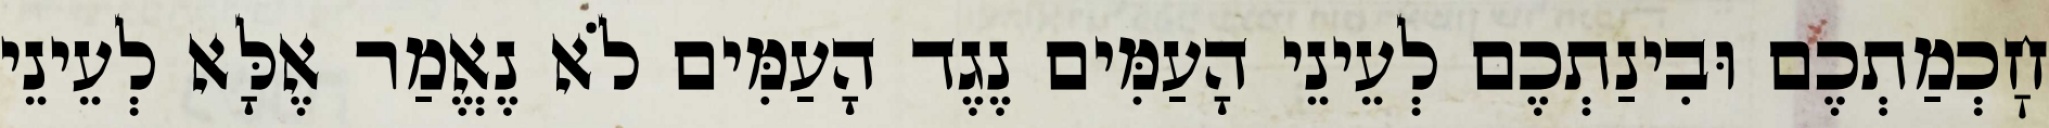
חׇכְמַתְכֶם וּבִינַתְכֶם לְעֵינֵי הָעַמִּים נֶגֶד הָעַמִּים לֹא נֶאֱמַר אֶלָּא לְעֵינֵי